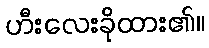
ဟီးလေးခိုထား၏။